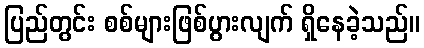
ပြည်တွင်း စစ်များဖြစ်ပွားလျက် ရှိနေခဲ့သည်။